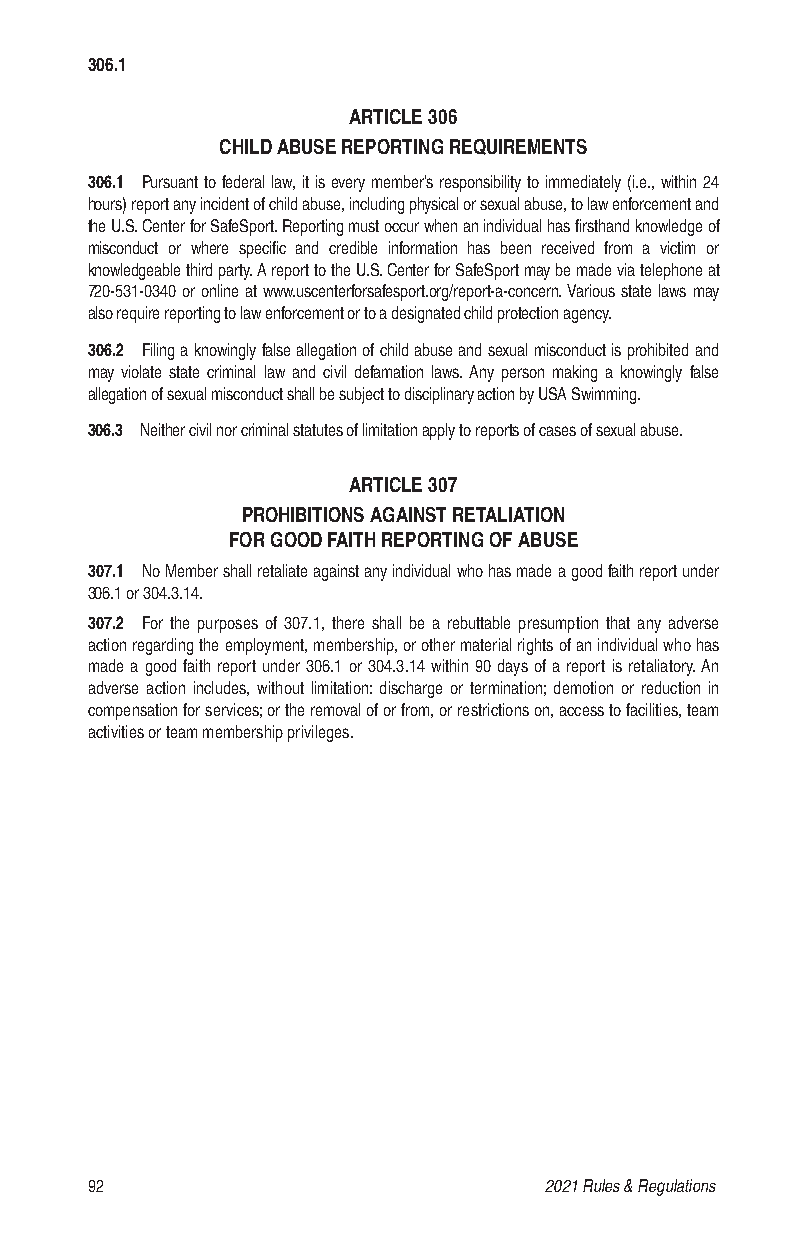
306.1
 ARTICLE 306
 CHILD ABUSE REPORTING REQUIREMENTS
 306.1 Pursuant to federal law, it is every member’s responsibility to immediately (i.e., within 24
 hours) report any incident of child abuse, including physical or sexual abuse, to law enforcement and
 the U.S. Center for SafeSport. Reporting must occur when an individual has firsthand knowledge of
 misconduct or where specific and credible information has been received from a victim or
 knowledgeable third party. A report to the U.S. Center for SafeSport may be made via telephone at
 720-531-0340 or online at www.uscenterforsafesport.org/report-a-concern. Various state laws may
 also require reporting to law enforcement or to a designated child protection agency.
 306.2 Filing a knowingly false allegation of child abuse and sexual misconduct is prohibited and
 may violate state criminal law and civil defamation laws. Any person making a knowingly false
 allegation of sexual misconduct shall be subject to disciplinary action by USA Swimming.
 306.3 Neither civil nor criminal statutes of limitation apply to reports of cases of sexual abuse.
 ARTICLE 307
 PROHIBITIONS AGAINST RETALIATION
 FOR GOOD FAITH REPORTING OF ABUSE
 307.1 No Member shall retaliate against any individual who has made a good faith report under
 306.1 or 304.3.14.
 307.2 For the purposes of 307.1, there shall be a rebuttable presumption that any adverse
 action regarding the employment, membership, or other material rights of an individual who has
 made a good faith report under 306.1 or 304.3.14 within 90 days of a report is retaliatory. An
 adverse action includes, without limitation: discharge or termination; demotion or reduction in
 compensation for services; or the removal of or from, or restrictions on, access to facilities, team
 activities or team membership privileges.
 92                            2021 Rules & Regulations